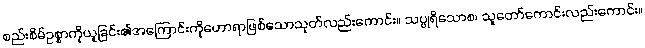
စည်းစိမ်ဥစ္စာကိုယူခြင်း၏အကြောင်းကိုဟောရာဖြစ်သောသုတ်လည်းကောင်း။ သပ္ပုရိသောစ၊ သူတော်ကောင်းလည်းကောင်း။